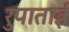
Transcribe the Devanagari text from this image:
रुपाताई